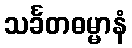
သင်္ခတဓမ္မာနံ